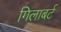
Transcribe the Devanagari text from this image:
गिलाबर्ट